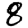
Digit: 8